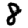
Digit: 8